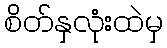
စိတ်နှလုံးထဲမှ